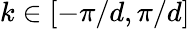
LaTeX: k\in[-\pi/d,\pi/d]